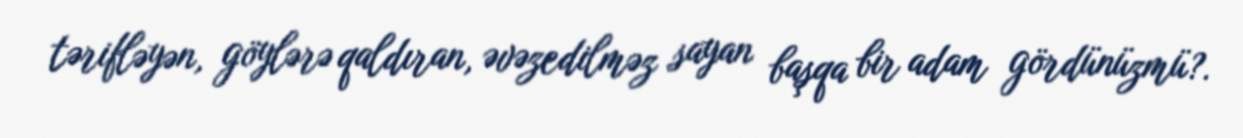
tərifləyən, göylərə qaldıran, əvəzedilməz sayan başqa bir adam gördünüzmü?.